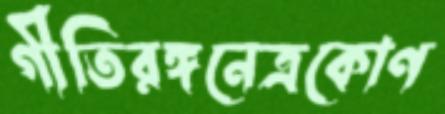
গীতিরঙ্গনেত্রকোণ